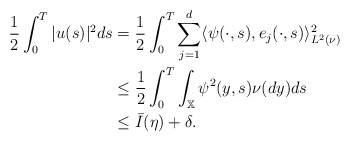
\begin{align*}\frac{1}{2}\int_{0}^{T}|u(s)|^{2}ds & =\frac{1}{2}\int_{0}^{T}\sum_{j=1}^{d}\langle \psi(\cdot,s),e_{j}(\cdot,s)\rangle_{L^{2}(\nu)}^{2} \\& \leq\frac{1}{2}\int_{0}^{T}\int_{\mathbb{X}}\psi^{2}(y,s)\nu (dy)ds \\& \leq\bar{I}(\eta)+\delta. \end{align*}